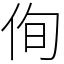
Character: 侚